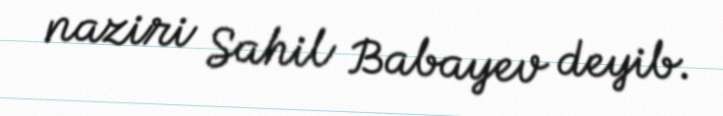
naziri Sahil Babayev deyib.